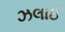
ઝલાઈ